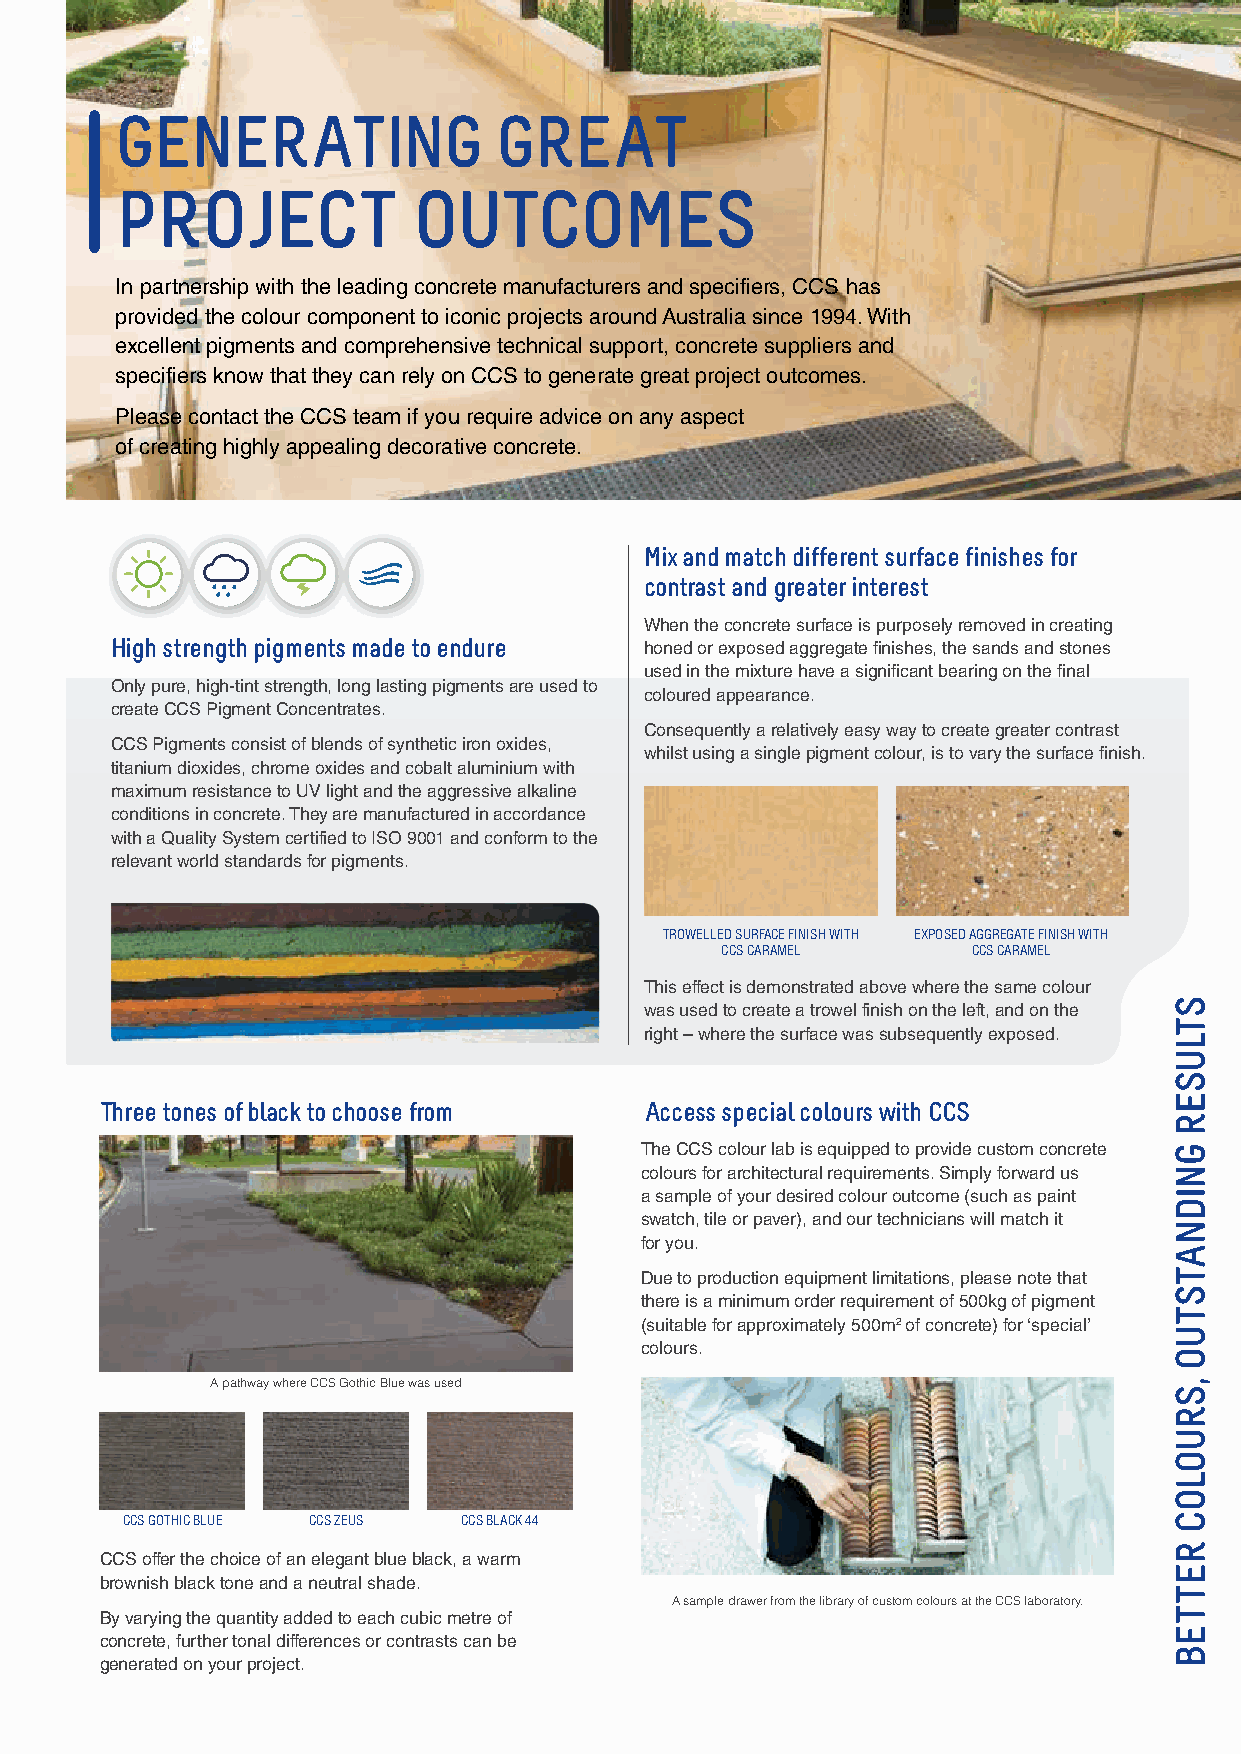
GENERATING               GREAT
 PROJECT            OUTCOMES
 In partnership with the leading concrete manufacturers and specifiers, CCS has
 provided the colour component to iconic projects around Australia since 1994. With
 excellent pigments and comprehensive technical support, concrete suppliers and
 specifiers know that they can rely on CCS to generate great project outcomes.
 Please contact the CCS team if you require advice on any aspect
 of creating highly appealing decorative concrete.
 Mix and match different surface finishes for
 contrast and greater interest
 When the concrete surface is purposely removed in creating
 High strength pigments made to endure honed or exposed aggregate finishes, the sands and stones
 used in the mixture have a significant bearing on the final
 Only pure, high-tint strength, long lasting pigments are used to
 coloured appearance.
 create CCS Pigment Concentrates.
 Consequently a relatively easy way to create greater contrast
 CCS Pigments consist of blends of synthetic iron oxides,
 whilst using a single pigment colour, is to vary the surface finish.
 titanium dioxides, chrome oxides and cobalt aluminium with
 maximum resistance to UV light and the aggressive alkaline
 conditions in concrete. They are manufactured in accordance
 with a Quality System certified to ISO 9001 and conform to the
 relevant world standards for pigments.
 TROWELLED SURFACE FINISH WITH EXPOSED AGGREGATE FINISH WITH
 CCS CARAMEL     CCS CARAMEL
 This effect is demonstrated above where the same colour
 was used to create a trowel finish on the left, and on the
 right – where the surface was subsequently exposed.
 Three tones of black to choose from Access special colours with CCS
 The CCS colour lab is equipped to provide custom concrete
 colours for architectural requirements. Simply forward us
 a sample of your desired colour outcome (such as paint
 swatch, tile or paver), and our technicians will match it
 for you.
 Due to production equipment limitations, please note that
 there is a minimum order requirement of 500kg of pigment
 (suitable for approximately 500m2 of concrete) for ‘special’
 colours.
 A pathway where CCS Gothic Blue was used
 CCS GOTHIC BLUE CCS ZEUS CCS BLACK 44
 CCS offer the choice of an elegant blue black, a warm
 brownish black tone and a neutral shade.
 A sample drawer from the library of custom colours at the CCS laboratory.
 By varying the quantity added to each cubic metre of
 concrete, further tonal differences or contrasts can be
 generated on your project.